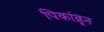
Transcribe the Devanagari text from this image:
पिकांव्रून